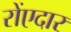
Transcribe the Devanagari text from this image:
रोंएदार